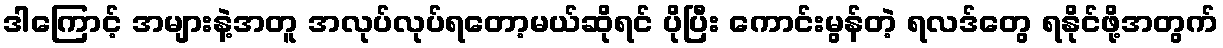
ဒါကြောင့် အများနဲ့အတူ အလုပ်လုပ်ရတော့မယ်ဆိုရင် ပိုပြီး ကောင်းမွန်တဲ့ ရလဒ်တွေ ရနိုင်ဖို့အတွက်